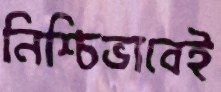
নিশ্চিভাবেই